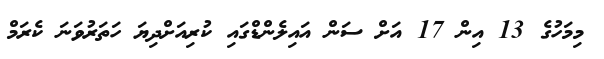
މިމަހުގެ 13 އިން 17 އަށް ސަން އައިލެންޑްގައި ކުރިއަށްދިޔަ ހަތަރުވަނަ ކެރަމް